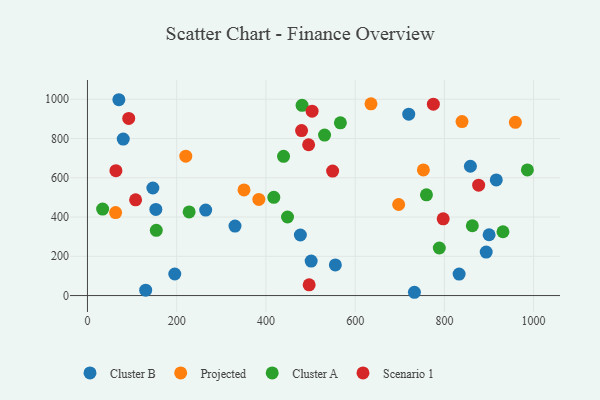
{"axis": {"x": "Ad Spend", "y": "Salary"}, "legend": ["Cluster A", "Cluster B", "Projected", "Scenario 1"], "data": [{"x": "330.7", "y": 353.8, "type": "Cluster B"}, {"x": "900.2", "y": 309.7, "type": "Cluster B"}, {"x": "555.6", "y": 156.1, "type": "Cluster B"}, {"x": "858.3", "y": 658.8, "type": "Cluster B"}, {"x": "893.7", "y": 221.6, "type": "Cluster B"}, {"x": "501.4", "y": 175.5, "type": "Cluster B"}, {"x": "720.1", "y": 924.1, "type": "Cluster B"}, {"x": "80.2", "y": 797.1, "type": "Cluster B"}, {"x": "477.2", "y": 308.4, "type": "Cluster B"}, {"x": "833.0", "y": 109.3, "type": "Cluster B"}, {"x": "153.3", "y": 438.9, "type": "Cluster B"}, {"x": "195.7", "y": 109.7, "type": "Cluster B"}, {"x": "732.8", "y": 16.7, "type": "Cluster B"}, {"x": "130.5", "y": 27.3, "type": "Cluster B"}, {"x": "916.3", "y": 589.2, "type": "Cluster B"}, {"x": "265.0", "y": 435.6, "type": "Cluster B"}, {"x": "146.6", "y": 547.8, "type": "Cluster B"}, {"x": "70.4", "y": 997.6, "type": "Cluster B"}, {"x": "350.9", "y": 538.1, "type": "Projected"}, {"x": "697.5", "y": 463.9, "type": "Projected"}, {"x": "384.1", "y": 489.8, "type": "Projected"}, {"x": "959.1", "y": 882.7, "type": "Projected"}, {"x": "839.5", "y": 886.2, "type": "Projected"}, {"x": "220.4", "y": 710.2, "type": "Projected"}, {"x": "635.5", "y": 976.7, "type": "Projected"}, {"x": "63.1", "y": 422.8, "type": "Projected"}, {"x": "752.9", "y": 639.9, "type": "Projected"}, {"x": "227.9", "y": 426.2, "type": "Cluster A"}, {"x": "481.0", "y": 969.3, "type": "Cluster A"}, {"x": "788.6", "y": 242.2, "type": "Cluster A"}, {"x": "439.5", "y": 709.5, "type": "Cluster A"}, {"x": "986.0", "y": 640.1, "type": "Cluster A"}, {"x": "759.8", "y": 513.2, "type": "Cluster A"}, {"x": "931.3", "y": 325.0, "type": "Cluster A"}, {"x": "862.6", "y": 355.6, "type": "Cluster A"}, {"x": "34.0", "y": 440.5, "type": "Cluster A"}, {"x": "154.3", "y": 332.3, "type": "Cluster A"}, {"x": "531.4", "y": 817.5, "type": "Cluster A"}, {"x": "566.9", "y": 879.9, "type": "Cluster A"}, {"x": "448.4", "y": 400.2, "type": "Cluster A"}, {"x": "417.7", "y": 500.3, "type": "Cluster A"}, {"x": "92.5", "y": 902.1, "type": "Scenario 1"}, {"x": "496.9", "y": 54.5, "type": "Scenario 1"}, {"x": "107.9", "y": 487.6, "type": "Scenario 1"}, {"x": "63.8", "y": 636.1, "type": "Scenario 1"}, {"x": "549.5", "y": 634.3, "type": "Scenario 1"}, {"x": "503.5", "y": 939.3, "type": "Scenario 1"}, {"x": "876.8", "y": 562.4, "type": "Scenario 1"}, {"x": "495.7", "y": 768.2, "type": "Scenario 1"}, {"x": "479.9", "y": 840.6, "type": "Scenario 1"}, {"x": "775.3", "y": 974.8, "type": "Scenario 1"}, {"x": "797.3", "y": 390.9, "type": "Scenario 1"}]}